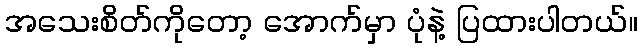
အသေးစိတ်ကိုတော့ အောက်မှာ ပုံနဲ့ ပြထားပါတယ်။